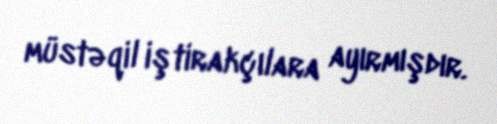
müstəqil iştirakçılara ayırmışdır.